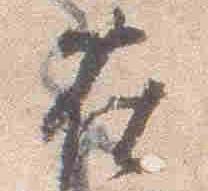
在